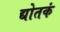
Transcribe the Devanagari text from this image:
द्योतकं